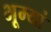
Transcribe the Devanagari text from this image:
भूम्यां